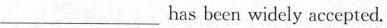
___has been widely accepted.